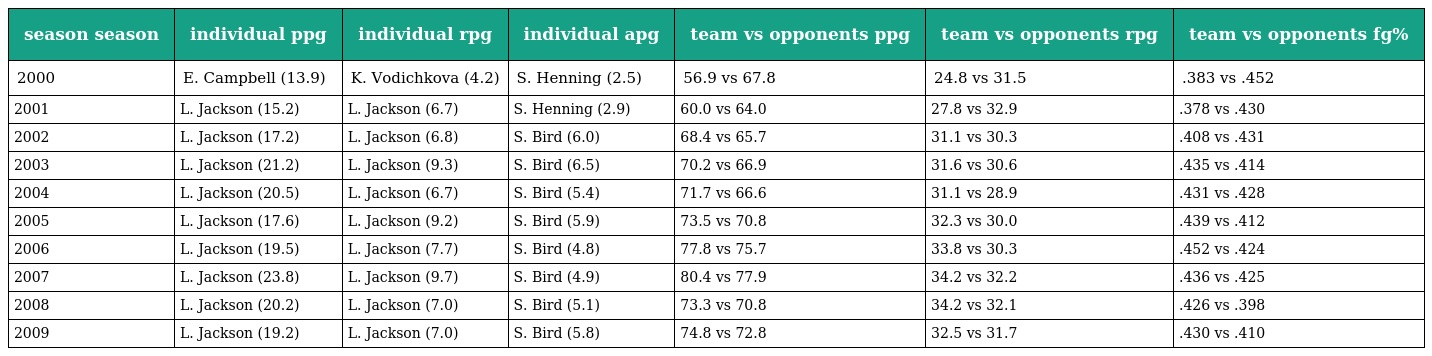
| season season | individual ppg | individual rpg | individual apg | team vs opponents ppg | team vs opponents rpg | team vs opponents fg% |
 | --- | --- | --- | --- | --- | --- | --- |
 | 2000 | E. Campbell (13.9) | K. Vodichkova (4.2) | S. Henning (2.5) | 56.9 vs 67.8 | 24.8 vs 31.5 | .383 vs .452 |
 | 2001 | L. Jackson (15.2) | L. Jackson (6.7) | S. Henning (2.9) | 60.0 vs 64.0 | 27.8 vs 32.9 | .378 vs .430 |
 | 2002 | L. Jackson (17.2) | L. Jackson (6.8) | S. Bird (6.0) | 68.4 vs 65.7 | 31.1 vs 30.3 | .408 vs .431 |
 | 2003 | L. Jackson (21.2) | L. Jackson (9.3) | S. Bird (6.5) | 70.2 vs 66.9 | 31.6 vs 30.6 | .435 vs .414 |
 | 2004 | L. Jackson (20.5) | L. Jackson (6.7) | S. Bird (5.4) | 71.7 vs 66.6 | 31.1 vs 28.9 | .431 vs .428 |
 | 2005 | L. Jackson (17.6) | L. Jackson (9.2) | S. Bird (5.9) | 73.5 vs 70.8 | 32.3 vs 30.0 | .439 vs .412 |
 | 2006 | L. Jackson (19.5) | L. Jackson (7.7) | S. Bird (4.8) | 77.8 vs 75.7 | 33.8 vs 30.3 | .452 vs .424 |
 | 2007 | L. Jackson (23.8) | L. Jackson (9.7) | S. Bird (4.9) | 80.4 vs 77.9 | 34.2 vs 32.2 | .436 vs .425 |
 | 2008 | L. Jackson (20.2) | L. Jackson (7.0) | S. Bird (5.1) | 73.3 vs 70.8 | 34.2 vs 32.1 | .426 vs .398 |
 | 2009 | L. Jackson (19.2) | L. Jackson (7.0) | S. Bird (5.8) | 74.8 vs 72.8 | 32.5 vs 31.7 | .430 vs .410 |